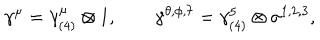
LaTeX: \gamma ^ { \mu } = \gamma _ { ( 4 ) } ^ { \mu } \otimes 1 , \qquad \gamma ^ { \theta , \phi , 7 } = \gamma _ { ( 4 ) } ^ { 5 } \otimes \sigma ^ { 1 , 2 , 3 } ,